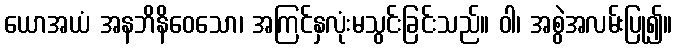
ယောအယံ အနဘိနိဝေသော၊ အကြင်နှလုံးမသွင်းခြင်းသည်။ ဝါ၊ အစွဲအလမ်းပြု၍။